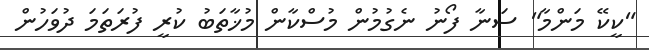
"ކީކޭ މަންމާ" ސަނާ ފޯނު ނެގުމުން މުސްކާން މުޚާތަބު ކުރީ ފުރަތަމަ ދުވަހުން